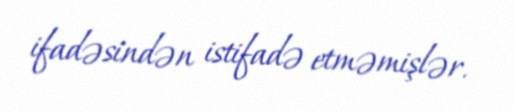
ifadəsindən istifadə etməmişlər.